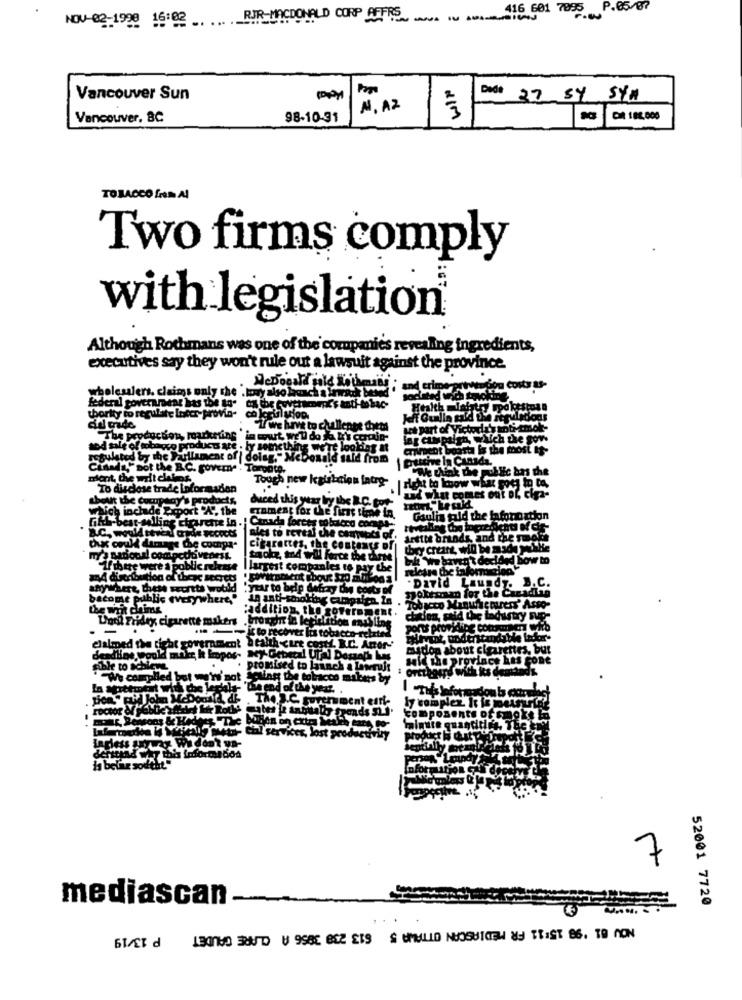
416 601 7895 P.65/07
NOV-02-1998 16:02 ..
RIR-MACDONALD CUP AT1 - 1
Vancouver Sun
Dode 27 SY SYM
N. A2
Vancouver, BC
98-10-91
CR 188.000
TOBACCO ERMAI
Two firms comply
with legislation
Although Rothmans was one of the companies revealing ingredients,
executives say they won't rule out a lawsuit against the province.
wholesalers. claims only the . towy also laach a Irwork beso
federal government has the to as the cover
thority to regu
to regulate Lucer-provia-
ad pride
CYwe have to challenge thets
Let part of Victord
The production, marketing in muut NE
1 do fla li's comin-
lag caspaigh, which the $
sod sale of tobacco products are . ly something we're looking at
CrAren't boost la the most It-
regulated by the Parliament of | dolag." McDonald said from
putive la Canada.
Com " pot the &.C. govemne . Tampoco.
"We think the public has the
ment, the writ clalos
Tough new legislation intry-
To disclose trade Laformaden
rest to know what goes to to,
thetit the company's pro
duced this year by the R
und what comes out of, cifa-
high inchade Export
the
enment for the first time in.
Gaulis fuld the lafonication
B.C. would seven ande Food
Canada forces tobacco coops-
des to re
ales to reveal the canpeaks of.
Artttt brands, and the smoke
Dux could damage the compa*
cigarettes, the contents of
cigare
they creare, will be made yetle
mys sadotal comocto vedess.
tokz, m4 wil force the Charte
bilt we haven't decided bow to
"Ifthere were a poblic release
largest companies to pay che
Largest
release the information
anywhere, Chiese secrets would
"year to help detan
. David Laundy. B.C.
Jokesman for the Canadian
become public everywhere,"
To08-to Manufacturers' Asso-
the writ
:addition, the government.
Und Fridey cigarette makers . brought in legislation moisling
ette makers
elalmed the tie
claimed the right government Health care costi. R.C. Anor-'
madon about cigarettes, but
deadline Would
said the province has cone
sible to achieve
promised to launch a lawsuit
: ortthegre with its demdad's
We complied but we're' not Soting the tobacco miters by
ah che lechla- 'Die end of the year. .
by comple
ly complex It is meurtre'
ponds SLJ'
components ofsmoke la
compos
ingless anyway We don't ya-
. Cial services, lost productivity
product i chaty Home
Person Londy
7
mediascan.
52001 7720
NOV 81 '98 15:11 FR MÉDIASCAN OTTAWA 5 $13 238 3856 A CLARE GAUDET P 13/19